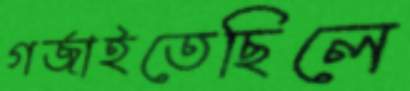
গর্‌জাইতেছিলে